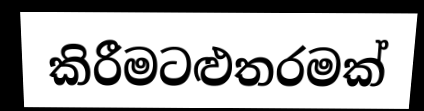
කිරීමටළුතරමක්